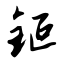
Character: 钷